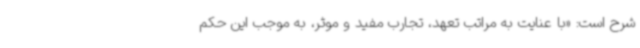
شرح است: «با عنایت به مراتب تعهد، تجارب مفید و موثر، به موجب این حکم